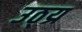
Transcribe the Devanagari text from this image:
उठ्य्र